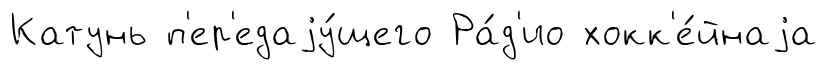
Катунь п'ер'едаjу́щего Ра́д'ио хокк'е́йнаjа